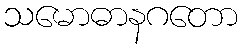
သမောဓာနဂတော